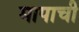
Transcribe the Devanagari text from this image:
मापाची